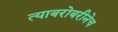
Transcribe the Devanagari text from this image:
त्याबरोबरीनेच